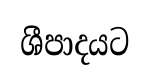
ශීපාදයට